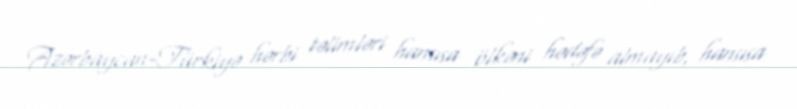
Azərbaycan-Türkiyə hərbi təlimləri hansısa ölkəni hədəfə almayıb, hansısa